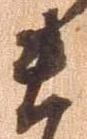
ま